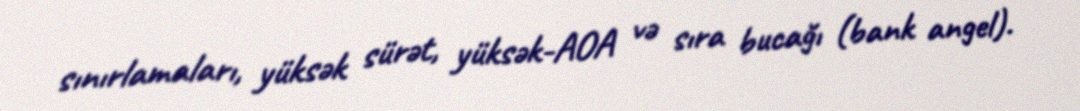
sınırlamaları, yüksək sürət, yüksək-AOA və sıra bucağı (bank angel).